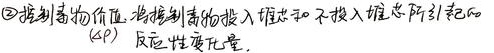
\textcircled{2}控制毒物价值：将控制毒物投入堆芯和不投入堆芯所引起的反应性变化量\((\Delta\rho)\)。